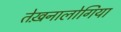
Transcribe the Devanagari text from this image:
तेख़नालोगिया